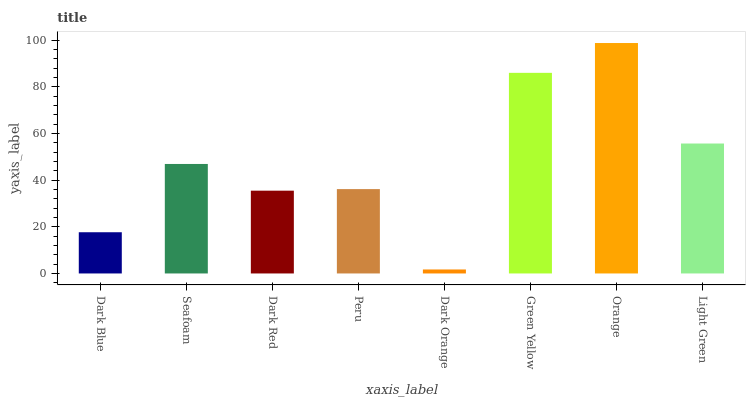
| xaxis_label | bars |
 | --- | --- |
 | Dark Blue | 17.7 |
 | Seafoam | 46.9 |
 | Dark Red | 35.5 |
 | Peru | 36.1 |
 | Dark Orange | 1.71 |
 | Green Yellow | 85.9 |
 | Orange | 98.7 |
 | Light Green | 55.7 |